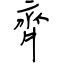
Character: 齊